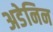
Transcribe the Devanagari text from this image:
अडेनिन